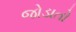
જોડાતો